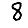
Digit: 8